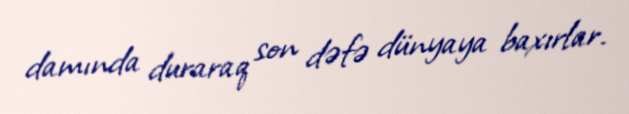
damında duraraq son dəfə dünyaya baxırlar.